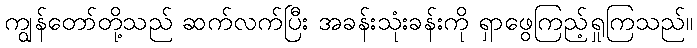
ကျွန်တော်တို့သည် ဆက်လက်ပြီး အခန်းသုံးခန်းကို ရှာဖွေကြည့်ရှုကြသည်။